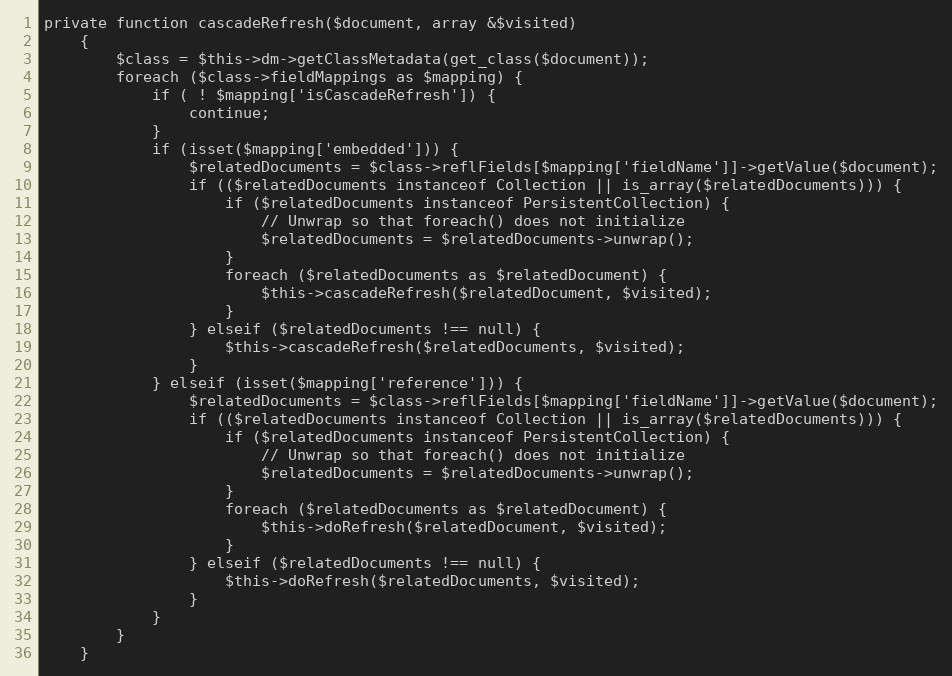
Language: PHP
private function cascadeRefresh($document, array &$visited)
    {
        $class = $this->dm->getClassMetadata(get_class($document));
        foreach ($class->fieldMappings as $mapping) {
            if ( ! $mapping['isCascadeRefresh']) {
                continue;
            }
            if (isset($mapping['embedded'])) {
                $relatedDocuments = $class->reflFields[$mapping['fieldName']]->getValue($document);
                if (($relatedDocuments instanceof Collection || is_array($relatedDocuments))) {
                    if ($relatedDocuments instanceof PersistentCollection) {
                        // Unwrap so that foreach() does not initialize
                        $relatedDocuments = $relatedDocuments->unwrap();
                    }
                    foreach ($relatedDocuments as $relatedDocument) {
                        $this->cascadeRefresh($relatedDocument, $visited);
                    }
                } elseif ($relatedDocuments !== null) {
                    $this->cascadeRefresh($relatedDocuments, $visited);
                }
            } elseif (isset($mapping['reference'])) {
                $relatedDocuments = $class->reflFields[$mapping['fieldName']]->getValue($document);
                if (($relatedDocuments instanceof Collection || is_array($relatedDocuments))) {
                    if ($relatedDocuments instanceof PersistentCollection) {
                        // Unwrap so that foreach() does not initialize
                        $relatedDocuments = $relatedDocuments->unwrap();
                    }
                    foreach ($relatedDocuments as $relatedDocument) {
                        $this->doRefresh($relatedDocument, $visited);
                    }
                } elseif ($relatedDocuments !== null) {
                    $this->doRefresh($relatedDocuments, $visited);
                }
            }
        }
    }